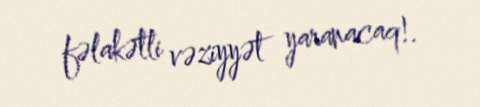
fəlakətli vəziyyət yaranacaq!.